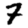
Digit: 7